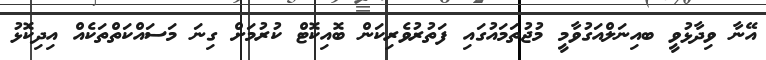
އޭނާ ވިދާޅުވީ ބއިނަލްއަގުވާމީ މުޖުތަމައުގައި ފަތުރުވެރިކަން ބޮއިކޮޓް ކުރުމަށް ގިނަ މަސައްކަތްތަކެއް އިދިކޮޅު